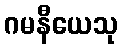
ဂမနီယေသု